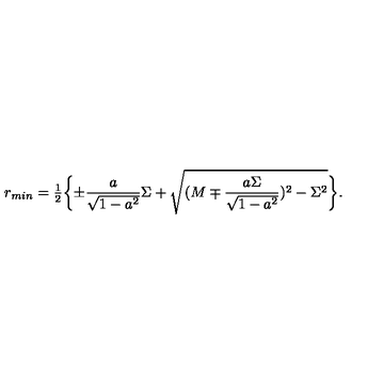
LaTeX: r _ { m i n } = { \textstyle \frac { 1 } { 2 } } \biggl \{ \pm \frac { a } { \sqrt { 1 - a ^ { 2 } } } \Sigma + \sqrt { ( M \mp \frac { a \Sigma } { \sqrt { 1 - a ^ { 2 } } } ) ^ { 2 } - \Sigma ^ { 2 } } \biggr \} .